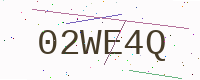
Text: 02WE4Q